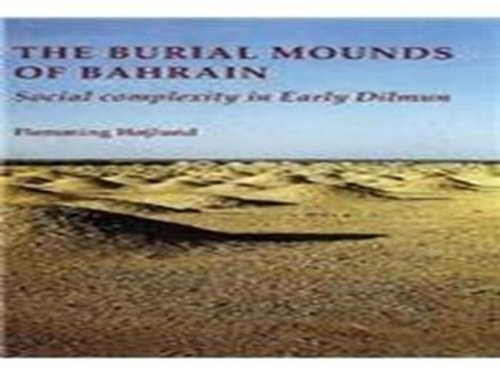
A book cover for Burial Mounds of Bahrain: Social Complexity in Early Dilmun (JUTLAND ARCH SOCIETY); Flemming Hojlund; History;